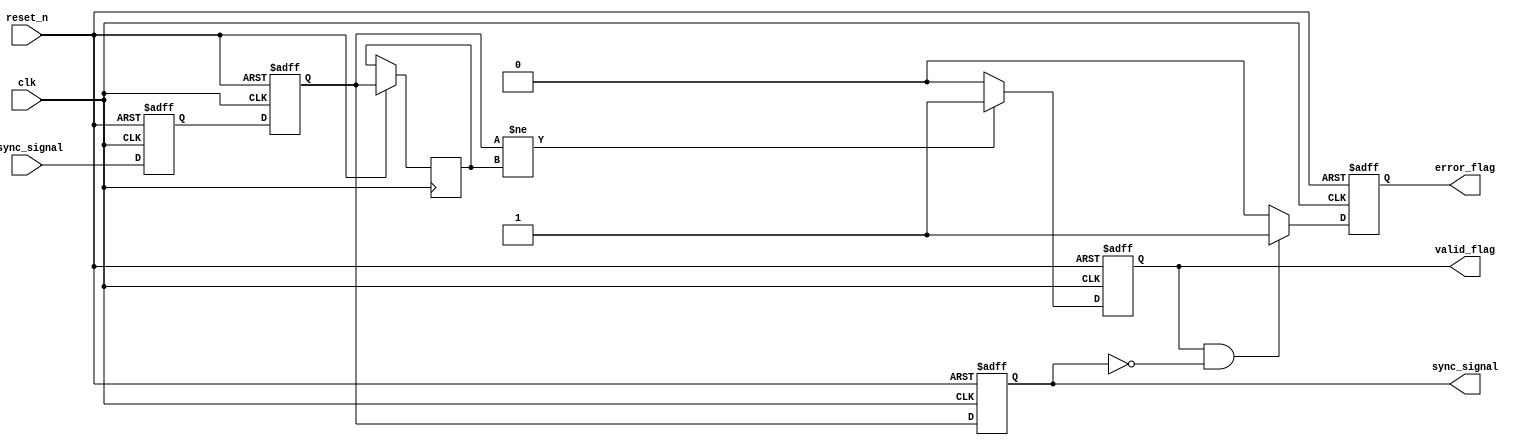
module async_to_sync_converter (
    input wire clk,                    // Synchronous clock
    input wire async_signal,           // Asynchronous input signal
    input wire reset_n,                // Active low reset
    output reg sync_signal,            // Synchronized output signal
    output reg valid_flag,             // Valid flag for output signal
    output reg error_flag              // Error detection flag
);

    // Internal signals for synchronization
    reg async_signal_d1, async_signal_d2;
    reg async_signal_last;

    // Synchronization process
    always @(posedge clk or negedge reset_n) begin
        if (!reset_n) begin
            async_signal_d1 <= 1'b0;
            async_signal_d2 <= 1'b0;
            sync_signal <= 1'b0;
            valid_flag <= 1'b0;
            error_flag <= 1'b0;
        end else begin
            async_signal_d1 <= async_signal; // First stage of synchronizer
            async_signal_d2 <= async_signal_d1; // Second stage of synchronizer
            sync_signal <= async_signal_d2; // Output synchronized signal

            // Edge detection logic
            if (async_signal_d2 != async_signal_last) begin
                valid_flag <= 1'b1; // Valid transition detected
            end else begin
                valid_flag <= 1'b0; // No valid transition
            end

            // Error handling logic (example: detect timeout or invalid state)
            if (valid_flag && !sync_signal) begin
                error_flag <= 1'b1; // Error condition
            end else begin
                error_flag <= 1'b0; // No error
            end

            async_signal_last <= async_signal_d2; // Store last value for edge detection
        end
    end

endmodule